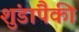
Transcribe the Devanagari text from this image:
शुंडांपैकी